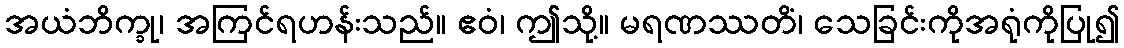
အယံဘိက္ခု၊ အကြင်ရဟန်းသည်။ ဧဝံ၊ ဤသို့။ မရဏဿတိံ၊ သေခြင်းကိုအရုံကိုပြု၍